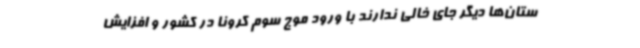
ستان‌ها دیگر جای خالی ندارند با ورود موج سوم کرونا در کشور و افزایش